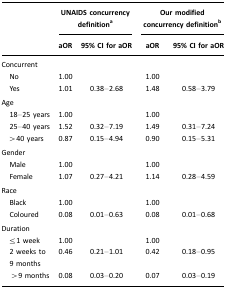
<table><thead><tr><td></td><td colspan="2"><b>UNAIDS concurrency definitiona</b></td><td colspan="2"><b>Our modified concurrency definitionb</b></td></tr><tr><td></td><td><b>aOR</b></td><td><b>95% CI for aOR</b></td><td><b>aOR</b></td><td><b>95% CI for aOR</b></td></tr></thead><tbody><tr><td>Concurrent</td><td></td><td></td><td></td><td></td></tr><tr><td> No</td><td>1.00</td><td></td><td>1.00</td><td></td></tr><tr><td> Yes</td><td>1.01</td><td>0.38–2.68</td><td>1.48</td><td>0.58–3.79</td></tr><tr><td>Age</td><td></td><td></td><td></td><td></td></tr><tr><td> 18–25 years</td><td>1.00</td><td></td><td>1.00</td><td></td></tr><tr><td> 25–40 years</td><td>1.52</td><td>0.32–7.19</td><td>1.49</td><td>0.31–7.24</td></tr><tr><td> &gt;40 years</td><td>0.87</td><td>0.15–4.94</td><td>0.90</td><td>0.15–5.31</td></tr><tr><td>Gender</td><td></td><td></td><td></td><td></td></tr><tr><td> Male</td><td>1.00</td><td></td><td>1.00</td><td></td></tr><tr><td> Female</td><td>1.07</td><td>0.27–4.21</td><td>1.14</td><td>0.28–4.59</td></tr><tr><td>Race</td><td></td><td></td><td></td><td></td></tr><tr><td> Black</td><td>1.00</td><td></td><td>1.00</td><td></td></tr><tr><td> Coloured</td><td>0.08</td><td>0.01–0.63</td><td>0.08</td><td>0.01–0.68</td></tr><tr><td>Duration</td><td></td><td></td><td></td><td></td></tr><tr><td> ≤1 week</td><td>1.00</td><td></td><td>1.00</td><td></td></tr><tr><td> 2 weeks to 9 months</td><td>0.46</td><td>0.21–1.01</td><td>0.42</td><td>0.18–0.95</td></tr><tr><td> &gt;9 months</td><td>0.08</td><td>0.03–0.20</td><td>0.07</td><td>0.03–0.19</td></tr></tbody></table>